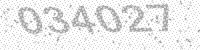
Solution: 034027